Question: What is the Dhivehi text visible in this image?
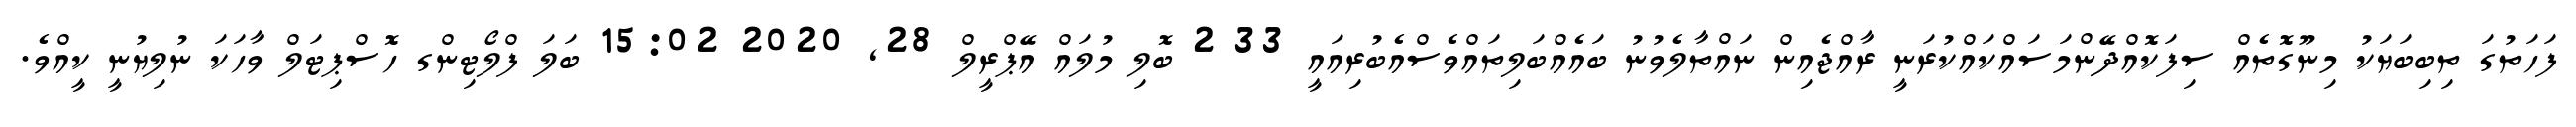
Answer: ފަހަތުގަ ތިބިބަޔަކު މިނޫގޮތެއް ސިފަކޮއްދޭންމަސައްކައްކުރަނީ ރާއްޖެއިން ނައްތާލެވުނު ބައެއްބަލިތައްވެސްއެބުރިއައީ 33 2 ބޮލި މުލައް އޭޕްރީލް 28, 2020 15:02 ބަލަ ފްލޯޓިންގ ހޮސްޕިޓަލް ވާހަކަ ނުލިޔުނީ ކީއްވެ.